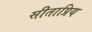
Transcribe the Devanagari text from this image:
सीताप्रिय